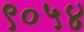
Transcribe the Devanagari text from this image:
९०५४